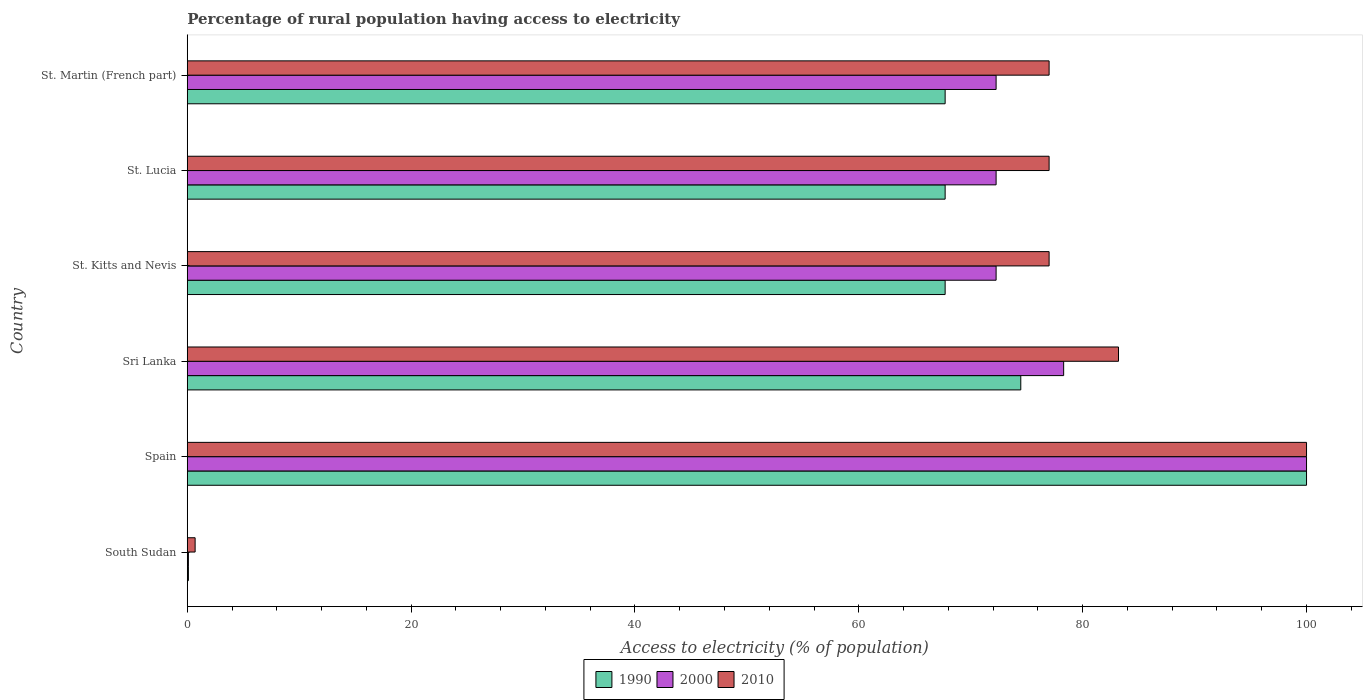
| Country | 1990 | 2000 | 2010 |
 | --- | --- | --- | --- |
 | South Sudan | 0.1 | 0.1 | 0.7 |
 | Spain | 100 | 100 | 100 |
 | Sri Lanka | 74.5 | 78.3 | 83.2 |
 | St. Kitts and Nevis | 67.7 | 72.3 | 77 |
 | St. Lucia | 67.7 | 72.3 | 77 |
 | St. Martin (French part) | 67.7 | 72.3 | 77 |